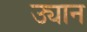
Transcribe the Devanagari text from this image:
उ्यान